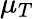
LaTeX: \mu_{T}